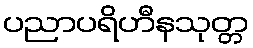
ပညာပရိဟီနသုတ္တ